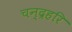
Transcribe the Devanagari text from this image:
चन्द्रहरि